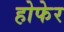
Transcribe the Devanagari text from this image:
होफेर